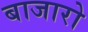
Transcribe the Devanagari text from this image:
बाजारो